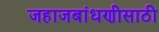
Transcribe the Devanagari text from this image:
जहाजबांधणीसाठी